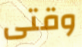
وقتى